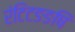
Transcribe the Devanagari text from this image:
रंटिटङङषि